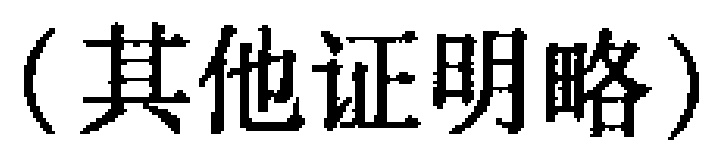
（其他证明略）